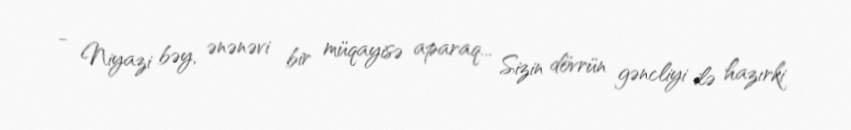
- Niyazi bəy, ənənəvi bir müqayisə aparaq... Sizin dövrün gəncliyi ilə hazırki